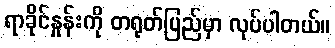
ရာခိုင်နှုန်းကို တရုတ်ပြည်မှာ လုပ်ပါတယ်။